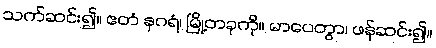
သက်ဆင်း၍။ ဧတံ နဂရံ၊ မြို့တခုကို။ မာပေတွာ၊ ဖန်ဆင်း၍။